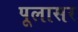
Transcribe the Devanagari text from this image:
पूलासर